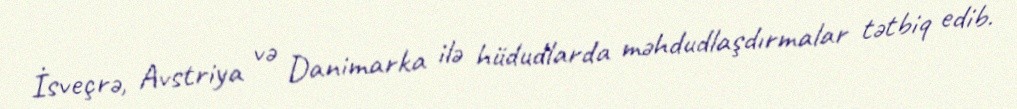
İsveçrə, Avstriya və Danimarka ilə hüdudlarda məhdudlaşdırmalar tətbiq edib.